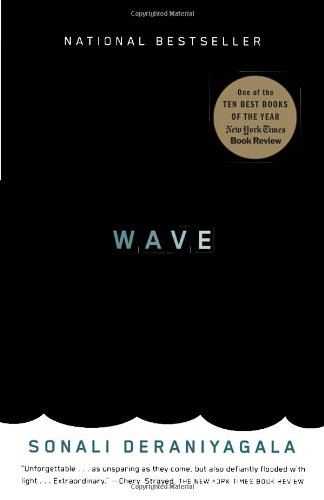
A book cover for Wave; Sonali Deraniyagala; Science & Math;